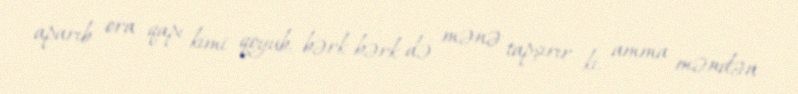
aparıb ora qapı kimi qoyub, bərk-bərk də mənə tapşırır ki, amma məndən